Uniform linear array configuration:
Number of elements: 32
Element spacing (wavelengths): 0.25
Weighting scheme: hann
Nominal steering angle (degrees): -60
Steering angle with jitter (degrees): -59.428
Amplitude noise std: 0.05
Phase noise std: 0.05

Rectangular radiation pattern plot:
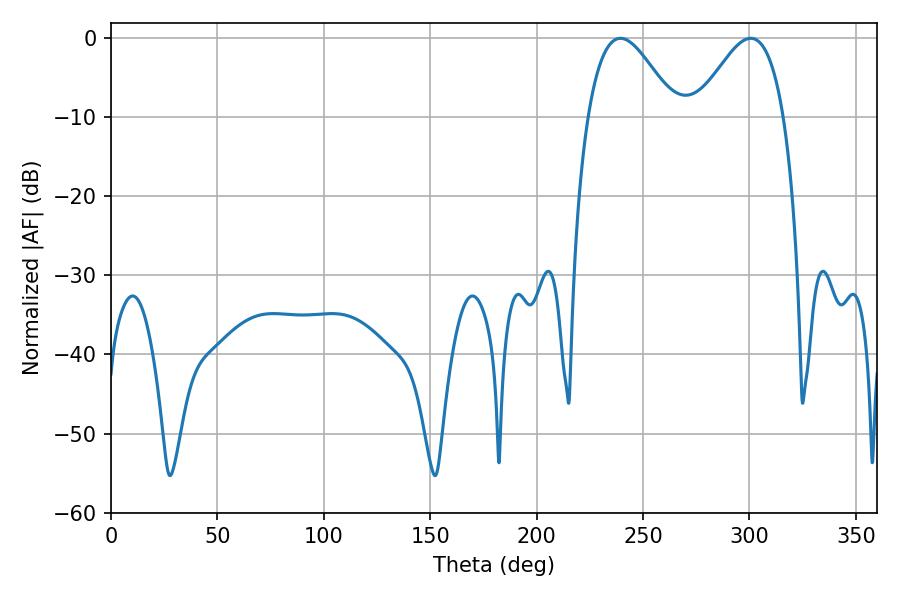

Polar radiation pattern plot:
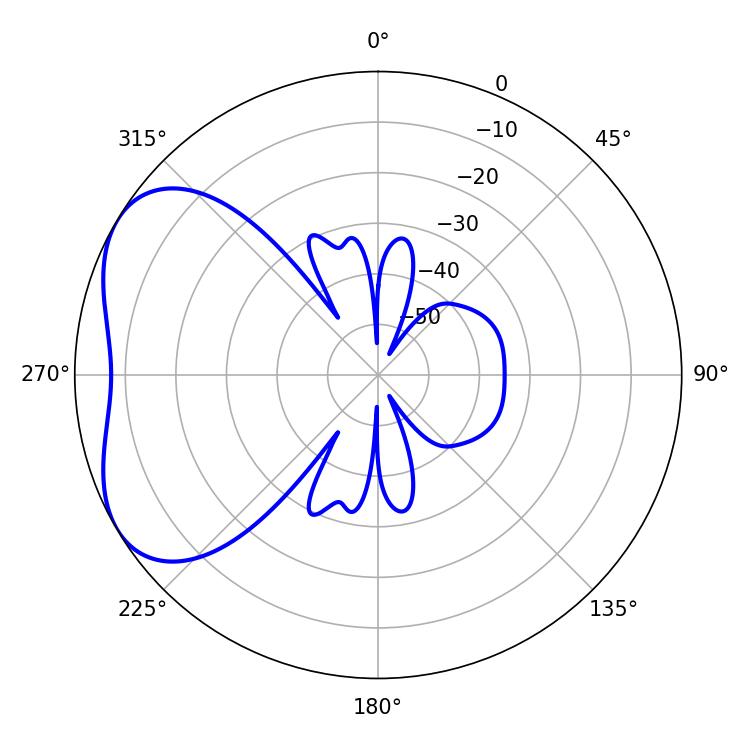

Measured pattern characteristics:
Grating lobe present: FALSE
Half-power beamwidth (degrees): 22.14
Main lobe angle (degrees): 239.4